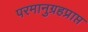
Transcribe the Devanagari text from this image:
परमानुग्रहप्राप्त